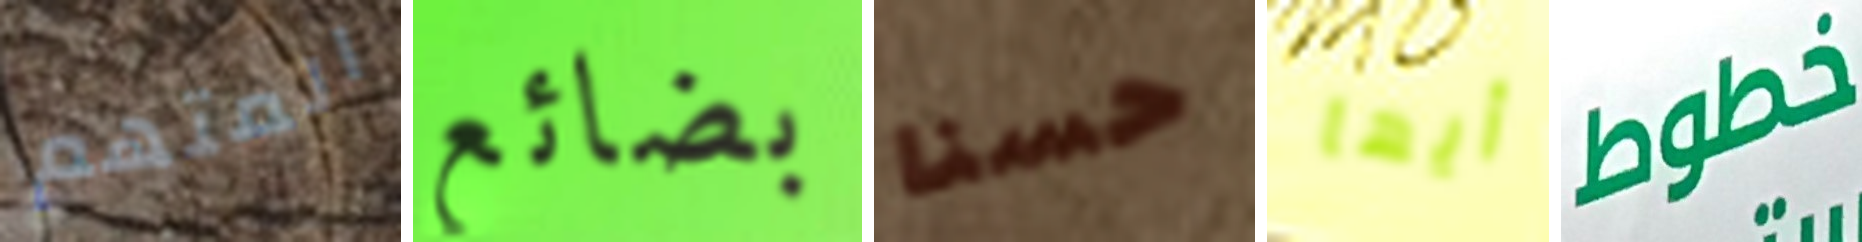
المتهم بضائع حسنا أيها خطوط